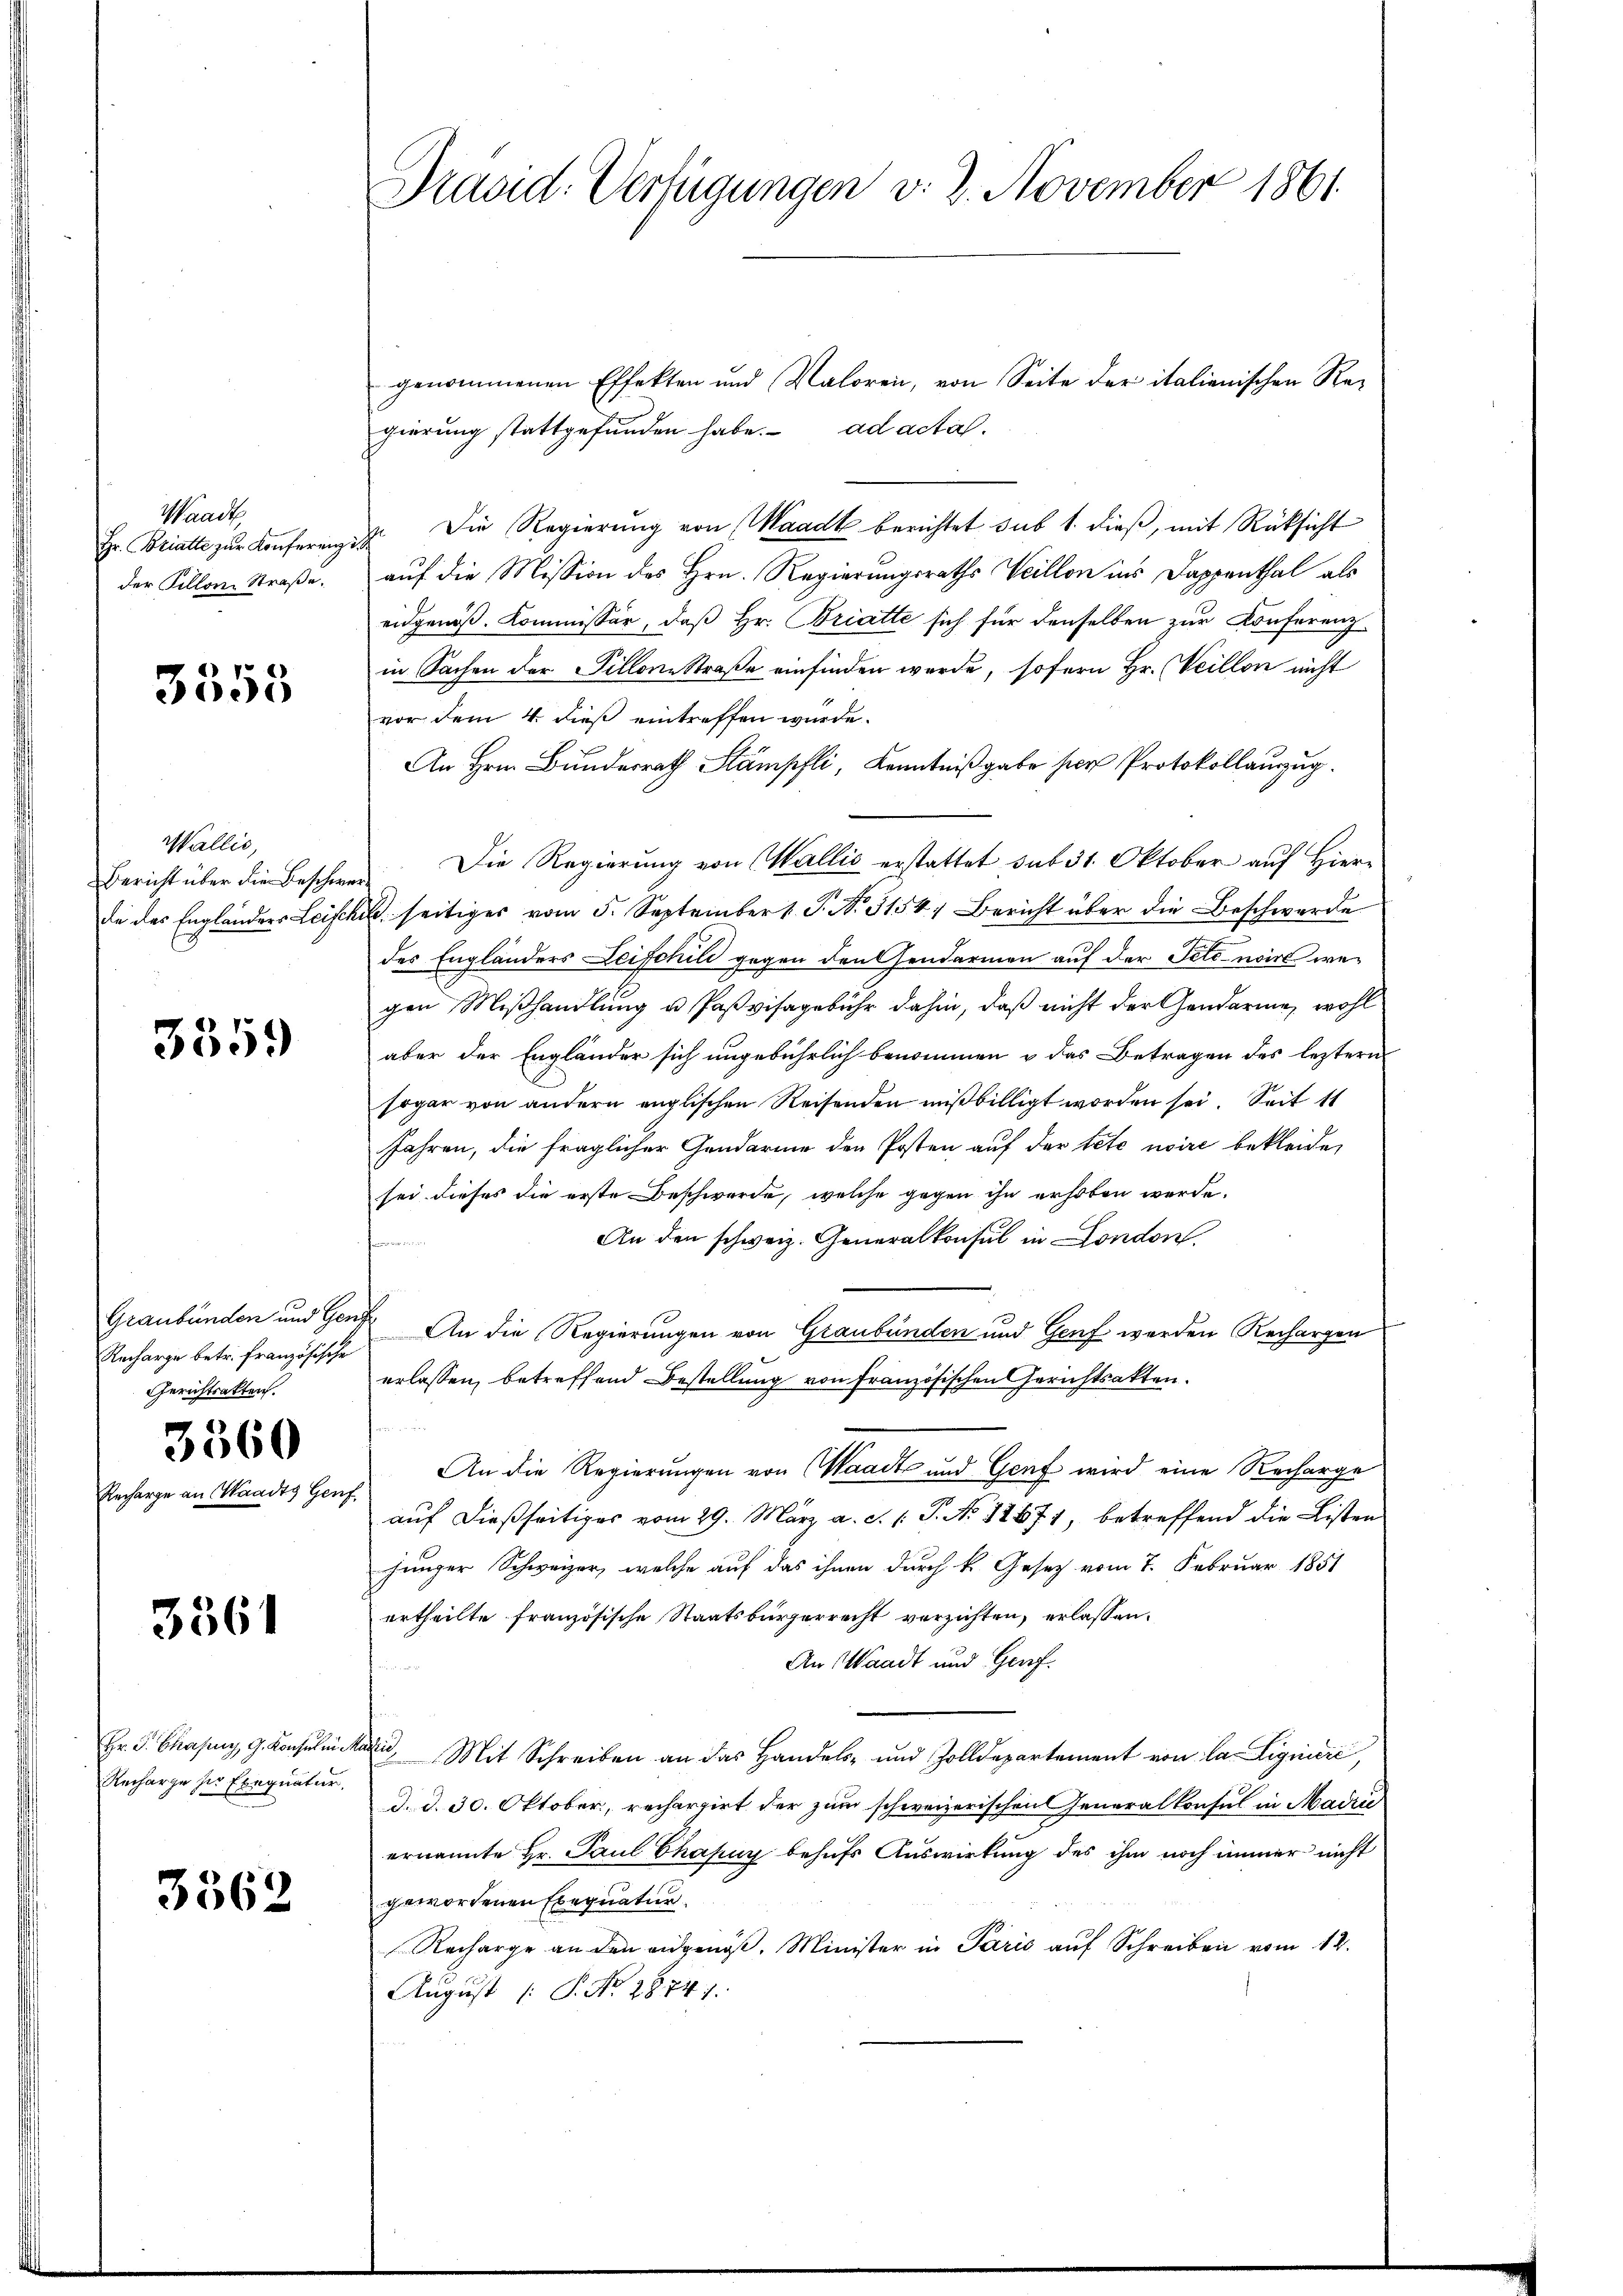
Waadt,
Hr. Bratte zur Konferenz
der Tillon, Straße.

3355

Wallis,
Bericht über die Beschiedie des Engländers Leifer

3359

Graubünden und Genf
Recharge betr. Französische
Gerichtsakten.

Recharge an Waadts Gen

3360

3361

Hr. F. Chasens, G. Konsulen.
Recharge zur Exequatur.

3362

Präsid. Verfügungen v. 2. November 1861

genommenen Effekten und Valoren, von Seite der italienischen Re-
gierung stattgefunden habe. ad acta.
2. Die Regierung von (Waadt berichtet sub 1. dieß, mit Rücksicht
auf die Mission des Hrn. Regierungsraths Weillon ins Dappenthal als
eidgenöß. Kommissär, daß Hr. Bratte sich für denselben zur Konferenzin Sachen der Fillone Straße einfinden wurde, sofern Hr. Veillon nicht
vor dem 4. dieß eintreffen würde.
An Hrn. Bunderrath Stämpfli, Kenntnißgabe ser Protokollauszug.
Die Regierung von Wallis erstattet sub 31. Oktober auf Hier¬
. seitiges vom 5. September 1 P. N. 3154; Bericht über die Beschwerde
des Engländers Leischild gegen den Gendarmen auf der Tele wir wegen Mißhandlung u. Paßvisagebühr dahin, daß nicht der Gendarme, wohl
aber der Engländer sich ungebührlich benommen u das Betragen des leztern
sogar von andern englischen Reisenden mißbilligt worden sei. Seit 11
Jahren, die fraglicher Gendarme den Posten auf der tete noire bekleiden
sei dieses die erste Beschwerde, welche gegen ihn erhoben werde.
An den schweiz. Generalkonsul in London
An die Regierungen von Graubünden und Genf werden Rechargen
erlassen, betreffend Bestellung von Französischen Gerichtsakten.
An die Regierungen von Waadt und Genf wird eine Recharge
auf dießseitiges vom 29. März a. c. 1 P. No 12671, betreffend die Listen
junger Schweizer, welche auf das ihnen durch k. Gesetz vom 7. Februar 1851
ertheilte französische Staatsbürgerrecht verzichten, erlassen.
An Waadt und Gorf.

kai. Mit Schreiben an das Handels- und Zolldepartement von la Lignire,
d. d. 30. Oktober, rechargirt der zum schweizerischen Generalkonsul in Madrić
ernannte Hr. Paul Chasing behufs Auswirkung des ihm noch immer nicht
gewordenen Exequatur.
Recharge an den eidgenöß. Minister in Parić auf Schreiben vom 12.
August [ P. Nr. 28741.